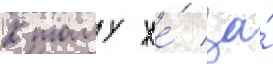
К тому же́ за́